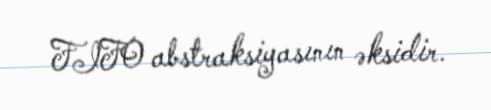
FIFO abstraksiyasının əksidir.